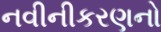
નવીનીકરણનો